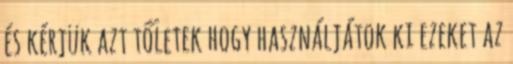
és kérjük azt tőletek hogy használjátok ki ezeket az